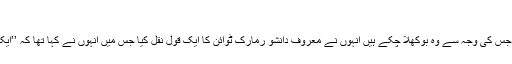
(خبر جاری ہے)
منگل کو اپنے ٹوئٹ میں مریم نواز نے کہاکہ عمران خان کوہر انچ انچ پر شکست ہورہی ہے جس کی وجہ سے وہ بوکھلا چکے ہیں انہوں نے معروف دانشو رمارک ٹوائن کا ایک قول نقل کیا جس میں انہوں نے کہا تھا کہ ’’ایک شخص کے کر دار کا اندازہ اس کی گفتگو میں اس استعمال کئے گئے الفاظ سے ہوتا ہے ‘‘۔